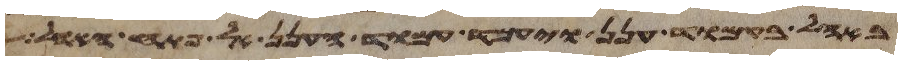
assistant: באהל בעמוד ענן ויעמד עמוד הענן אל פתח האהל